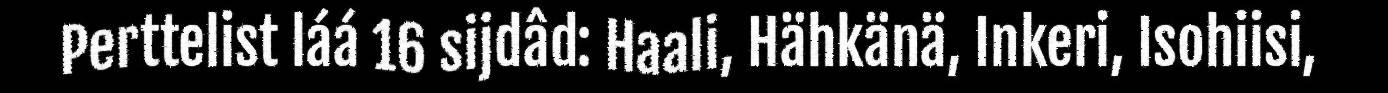
Perttelist láá 16 sijdâd: Haali, Hähkänä, Inkeri, Isohiisi,